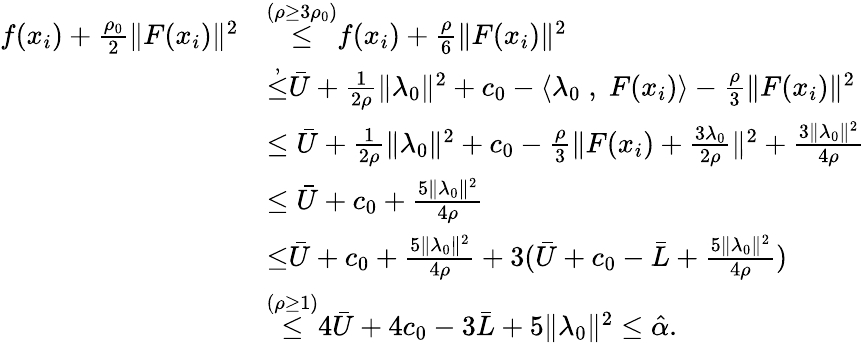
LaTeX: \begin{array}{rl}{f(x_{i})+\frac{\rho_{0}}{2}\| F(x_{i})\| ^{2}}&{{\overset{{(\rho\geq 3\rho_{0})}}{\leq}}f(x_{i})+\frac{\rho}{6}\| F(x_{i})\| ^{2}}\\ &{{\overset{{,}}{\leq}}\bar{U}+\frac{1}{2\rho}\| \lambda_{0}\| ^{2}+c_{0}-\langle\lambda_{0}\; ,\; F(x_{i})\rangle-\frac{\rho}{3}\| F(x_{i})\| ^{2}}\\ &{\leq\bar{U}+\frac{1}{2\rho}\| \lambda_{0}\| ^{2}+c_{0}-\frac{\rho}{3}\| F(x_{i})+\frac{3\lambda_{0}}{2\rho}\| ^{2}+\frac{3\| \lambda_{0}\| ^{2}}{4\rho}}\\ &{\leq\bar{U}+c_{0}+\frac{5\| \lambda_{0}\| ^{2}}{4\rho}}\\ &{{\overset{}{\leq}}\bar{U}+c_{0}+\frac{5\| \lambda_{0}\| ^{2}}{4\rho}+3(\bar{U}+c_{0}-\bar{L}+\frac{5\| \lambda_{0}\| ^{2}}{4\rho})}\\ &{{\overset{{(\rho\geq 1)}}{\leq}}4\bar{U}+4c_{0}-3\bar{L}+{5\| \lambda_{0}\| ^{2}}\leq\hat{\alpha}.}\end{array}